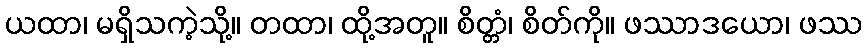
ယထာ၊ မရှိသကဲ့သို့။ တထာ၊ ထို့အတူ။ စိတ္တံ၊ စိတ်ကို။ ဖဿာဒယော၊ ဖဿ